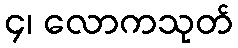
၄၊ လောကသုတ်